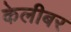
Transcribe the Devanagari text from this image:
केलीबर